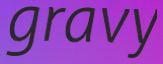
gravy